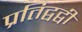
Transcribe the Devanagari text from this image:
प्रतिद्वद्वी